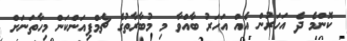
ކޮންމެ ދެ އަހަރުން އެއް އަހަރު ބާއްވާ މި މުބާރާތުގެ ޗެމްޕިއަންކަން މިހާތަނަށް